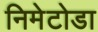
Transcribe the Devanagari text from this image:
निमेटोडा